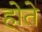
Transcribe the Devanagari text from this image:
होते